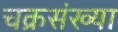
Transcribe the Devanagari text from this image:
चक्रसंख्या